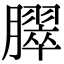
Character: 臎